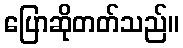
ပြောဆိုတတ်သည်။